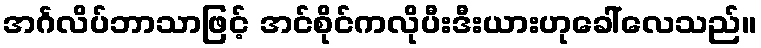
အင်္ဂလိပ်ဘာသာဖြင့် အင်စိုင်ကလိုပီးဒီးယားဟုခေါ်လေသည်။